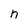
Character: n